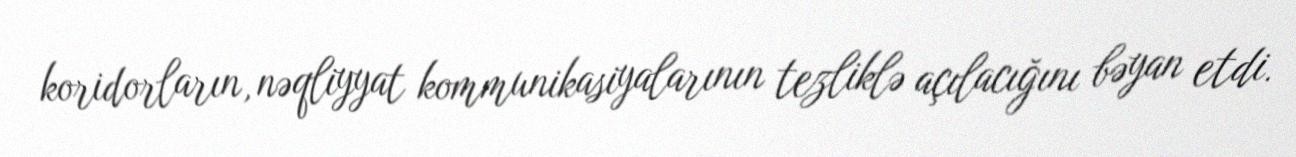
koridorların, nəqliyyat kommunikasiyalarının tezliklə açılacığını bəyan etdi.